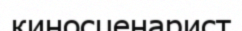
киносценарист